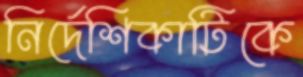
নির্দেশিকাটিকে